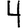
Digit: 4